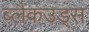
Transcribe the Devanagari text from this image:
ब्लैकउड्स